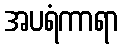
အပရံကာရာ